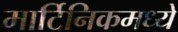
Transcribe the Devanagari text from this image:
मार्टिनिकमध्ये